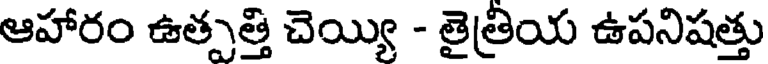
ఆహారం ఉత్పత్తి చెయ్యి - తైత్రియ ఉపనిషత్తు